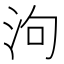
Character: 泃